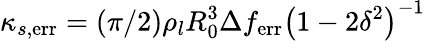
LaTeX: \kappa_{s,\mathrm{err}}=\left(\pi/2\right)\rho_{l}R_{0}^{3}\Delta f_{\mathrm{err}}\left(1-2\delta^{2}\right)^{-1}